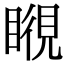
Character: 𥉎